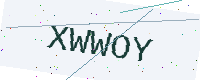
Text: XWWOY